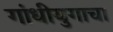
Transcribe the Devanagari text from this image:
गांधीयुगाचा